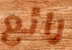
رائع